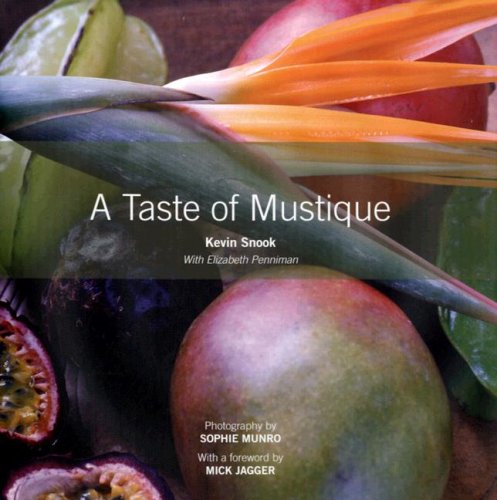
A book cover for The Taste of Mustique; Kevin Snook; Cookbooks, Food & Wine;